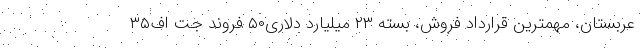
عربستان، مهمترین قرارداد فروش، بسته ۲۳ میلیارد دلاری۵۰ فروند جت‌ اف‌۳۵